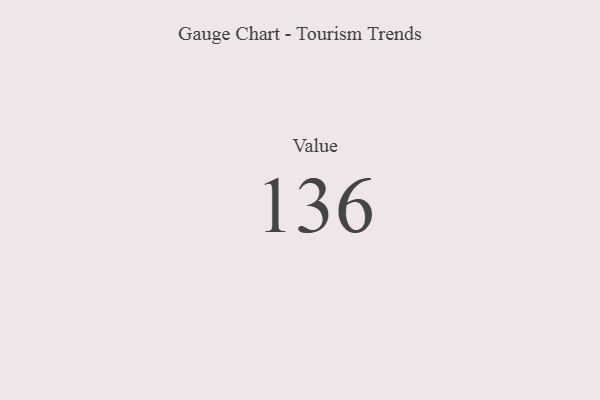
{"axis": {"x": "Metric", "y": "Value"}, "legend": [""], "data": [{"x": "Value", "y": 136, "type": ""}]}